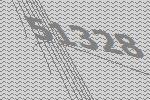
51328